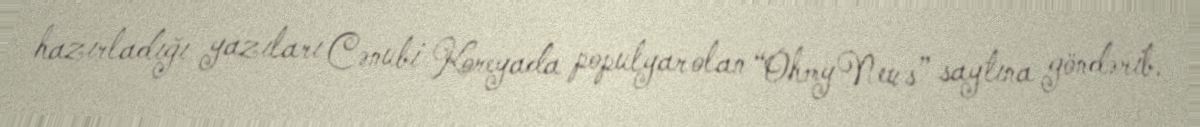
hazırladığı yazıları Cənubi Koreyada populyar olan “OhmyNews” saytına göndərib.